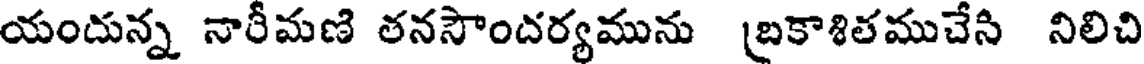
యందున్న నారీమణి తనసౌందర్యమును (బకాశితముచేసి నిలిచి